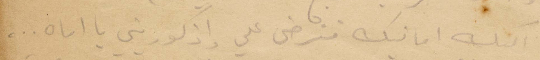
اليك امانك فترضى على واذكوريني يا اماه...